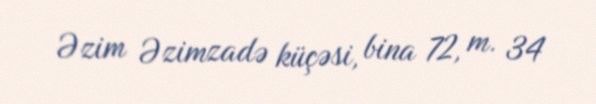
Əzim Əzimzadə küçəsi, bina 72, m. 34